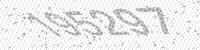
Solution: 195297